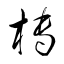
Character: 槫